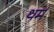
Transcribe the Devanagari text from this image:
थर्म